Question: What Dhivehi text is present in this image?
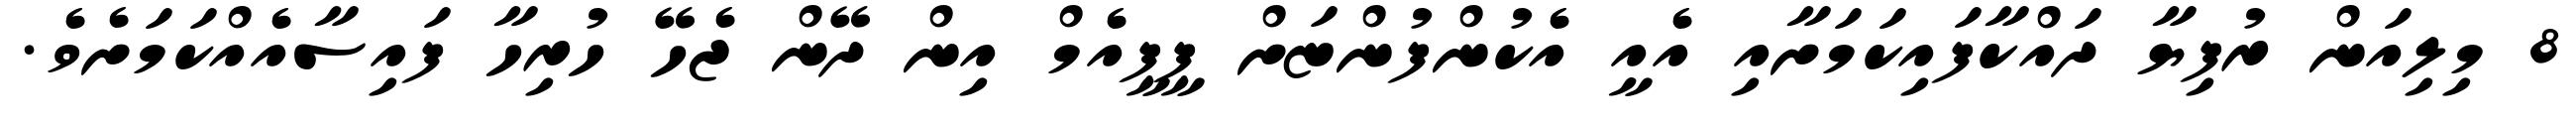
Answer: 8 މިލިއަން ރުފިޔާ ދައްކާފައިކަމަށާއި އެއީ އެކުންފުންޏަށް ޕީޕީއެމް އިން ދޭން ޖެހޭ ހުރިހާ ފައިސާއެއްކަމަށެވެ.